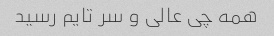
همه چی عالی و سر تایم رسید